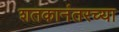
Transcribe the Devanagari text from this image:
शतकानंतरच्या